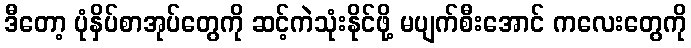
ဒီတော့ ပုံနှိပ်စာအုပ်တွေကို ဆင့်ကဲသုံးနိုင်ဖို့ မပျက်စီးအောင် ကလေးတွေကို